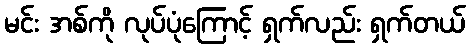
မင်း အစ်ကို လုပ်ပုံကြောင့် ရှက်လည်း ရှက်တယ်